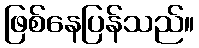
ဖြစ်နေပြန်သည်။